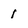
Character: 1